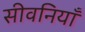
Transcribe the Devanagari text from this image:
सीवनियाँ